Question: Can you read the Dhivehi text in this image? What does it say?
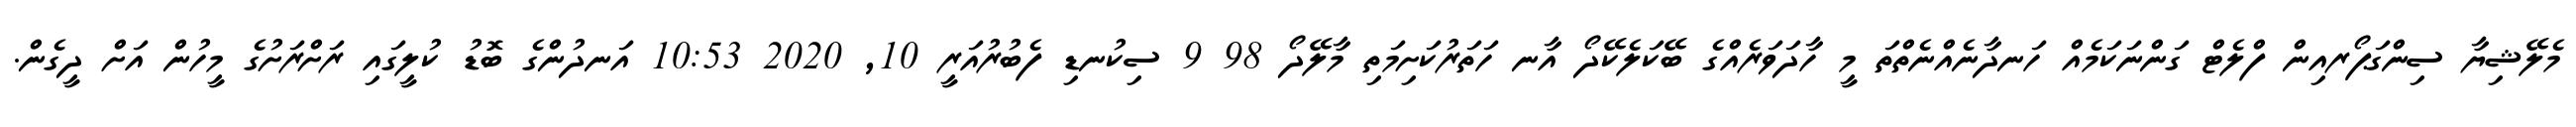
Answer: މެލޭޝިޔާ ސިންގަޕޯރއިން ފްލެޓް ގަންނަކަމެއް ހަނދާނެއްނެތްތަ މީ ހާދަވަރެއްގެ ބޭކަލެކޭދޯ އާނ ހަތަރުކަށިމަތި މާލޭދޯ 98 9 ސިކުނޑި ފެބުރުއަރީ 10, 2020 10:53 އަނދުންގެ ބޮޑު ކުލީގައި ރަށްރަށުގެ މީހުން އަށް ދީގެން.